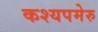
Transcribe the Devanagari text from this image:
कश्यपमेरु